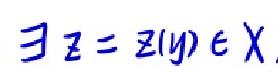
\(\exists z = z(y)\in X\)